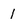
Character: 1